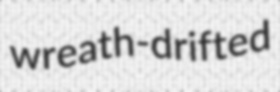
wreath-drifted